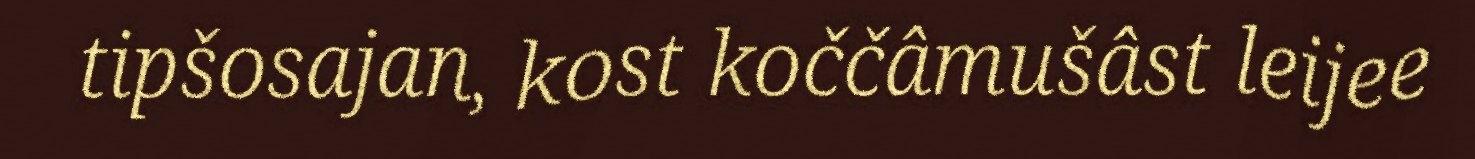
tipšosajan, kost koččâmušâst leijee